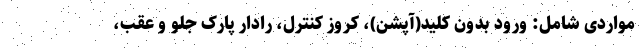
مواردی شامل: ورود بدون کلید(آپشن)، کروز کنترل، رادار پارک جلو و عقب،